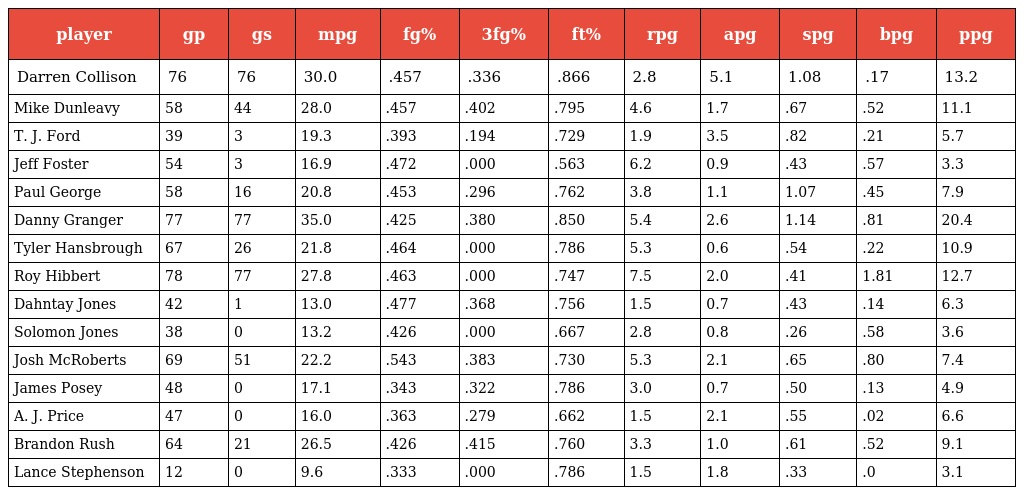
| player | gp | gs | mpg | fg% | 3fg% | ft% | rpg | apg | spg | bpg | ppg |
 | --- | --- | --- | --- | --- | --- | --- | --- | --- | --- | --- | --- |
 | Darren Collison | 76 | 76 | 30.0 | .457 | .336 | .866 | 2.8 | 5.1 | 1.08 | .17 | 13.2 |
 | Mike Dunleavy | 58 | 44 | 28.0 | .457 | .402 | .795 | 4.6 | 1.7 | .67 | .52 | 11.1 |
 | T. J. Ford | 39 | 3 | 19.3 | .393 | .194 | .729 | 1.9 | 3.5 | .82 | .21 | 5.7 |
 | Jeff Foster | 54 | 3 | 16.9 | .472 | .000 | .563 | 6.2 | 0.9 | .43 | .57 | 3.3 |
 | Paul George | 58 | 16 | 20.8 | .453 | .296 | .762 | 3.8 | 1.1 | 1.07 | .45 | 7.9 |
 | Danny Granger | 77 | 77 | 35.0 | .425 | .380 | .850 | 5.4 | 2.6 | 1.14 | .81 | 20.4 |
 | Tyler Hansbrough | 67 | 26 | 21.8 | .464 | .000 | .786 | 5.3 | 0.6 | .54 | .22 | 10.9 |
 | Roy Hibbert | 78 | 77 | 27.8 | .463 | .000 | .747 | 7.5 | 2.0 | .41 | 1.81 | 12.7 |
 | Dahntay Jones | 42 | 1 | 13.0 | .477 | .368 | .756 | 1.5 | 0.7 | .43 | .14 | 6.3 |
 | Solomon Jones | 38 | 0 | 13.2 | .426 | .000 | .667 | 2.8 | 0.8 | .26 | .58 | 3.6 |
 | Josh McRoberts | 69 | 51 | 22.2 | .543 | .383 | .730 | 5.3 | 2.1 | .65 | .80 | 7.4 |
 | James Posey | 48 | 0 | 17.1 | .343 | .322 | .786 | 3.0 | 0.7 | .50 | .13 | 4.9 |
 | A. J. Price | 47 | 0 | 16.0 | .363 | .279 | .662 | 1.5 | 2.1 | .55 | .02 | 6.6 |
 | Brandon Rush | 64 | 21 | 26.5 | .426 | .415 | .760 | 3.3 | 1.0 | .61 | .52 | 9.1 |
 | Lance Stephenson | 12 | 0 | 9.6 | .333 | .000 | .786 | 1.5 | 1.8 | .33 | .0 | 3.1 |